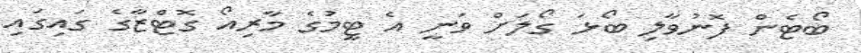
ބޯޓެން ފޮނުވާލި ބޯޅަ ގޯލަށް ވަނީ އެ ޓީމުގެ މާރިއޯ ގޮޓްޒާގެ ގައިގައި